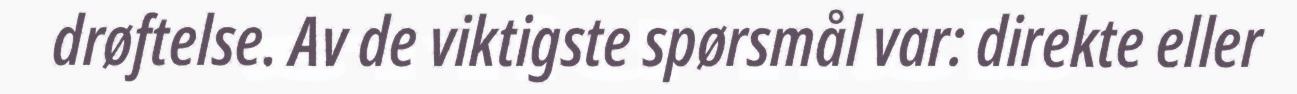
drøftelse. Av de viktigste spørsmål var: direkte eller